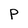
Character: P